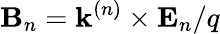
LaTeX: {\mathbf B}_{n}={\mathbf k}^{(n)}\times{\mathbf E}_{n}/q